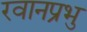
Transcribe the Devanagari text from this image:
रवानप्रभु